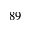
8 9